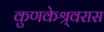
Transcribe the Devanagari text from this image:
कुणकेश्र्वरास